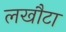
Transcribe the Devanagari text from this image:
लखौटा